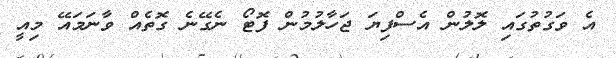
އެ ވަގުތުގައި ލޮލުން އެސްފިޔަ ޖަހާލުމުން ފޮޓޯ ނެގޭނެ ގޮތެއް ވާނަމައޭ މިއީ